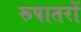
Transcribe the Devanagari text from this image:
रूपातरों